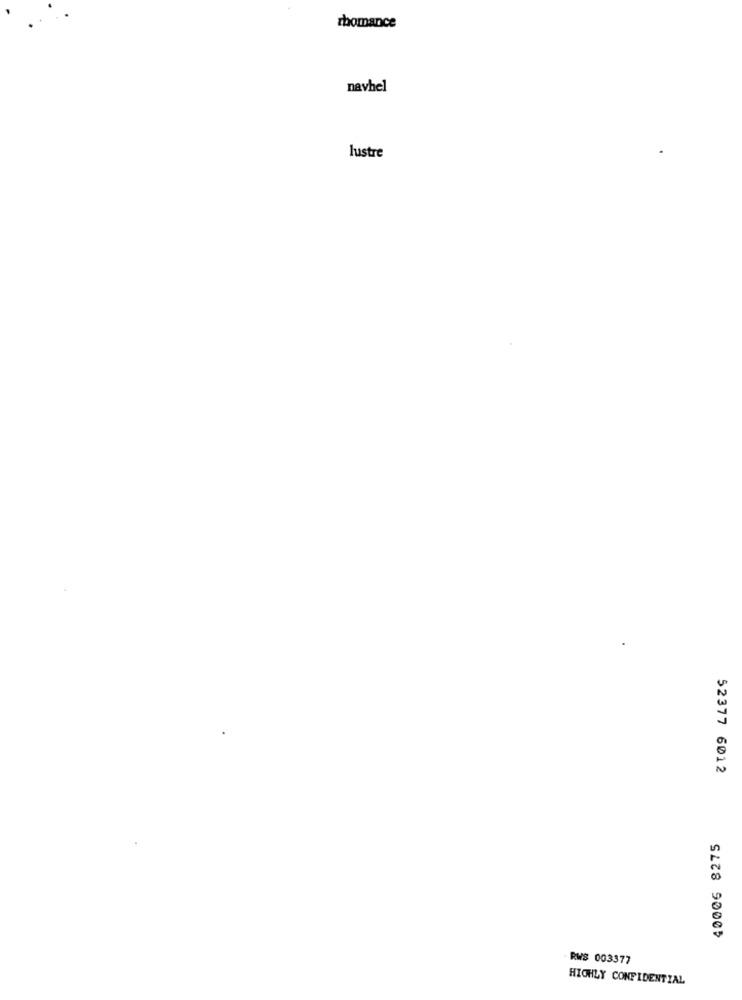
zhomance
navhel
lustre
52377 6012
40006 8275
RWS 003377
HIGHLY CONFIDENTIAL